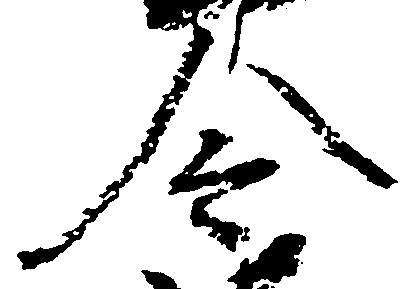
令